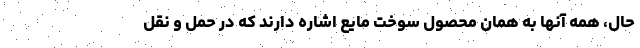
حال، همه آنها به همان محصول سوخت مایع اشاره دارند که در حمل و نقل